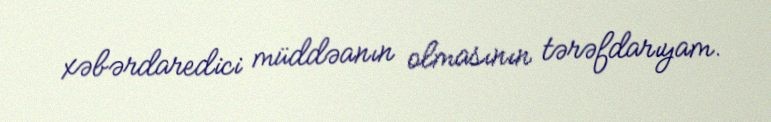
xəbərdaredici müddəanın olmasının tərəfdarıyam.